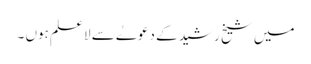
میں شیخ رشید کے دعوےٰ سے لا علم ہوں ۔